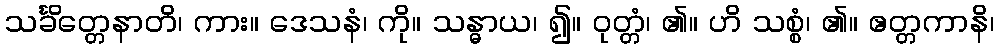
သင်္ခိတ္တေနာတိ၊ ကား။ ဒေသနံ၊ ကို။ သန္ဓာယ၊ ၍။ ဝုတ္တံ၊ ၏။ ဟိ သစ္စံ၊ ၏။ ဧတ္တကာနိ၊